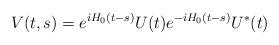
LaTeX: \begin{align*}V(t,s)=e^{iH_{0}(t-s)}U(t)e^{-iH_{0}(t-s)}U^{*}(t)\end{align*}